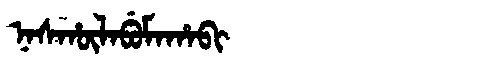
Manchu: ᠨᠠᠰᡥᡡᠯᠠᠪᡠᠮᠠᡥᠠᠪᡳ
Romanization: NASHŪLABUMAHABI